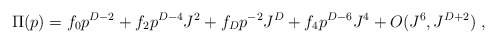
\begin{align*}\Pi(p)= f_0p^{D-2}+f_2p^{D-4}J^{2}+f_Dp^{-2}J^{D}+f_4p^{D-6}J^{4}+O(J^6,J^{D+2})\ ,\end{align*}